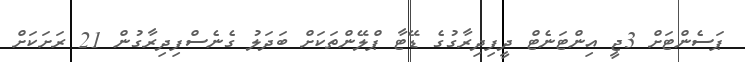
ޕަސެންޓަށް 3ޖީ އިންޓަނެޓް ދީފިދިރާގުގެ ޑޭޓާ ޕްލޭންތަކަށް ބަދަލު ގެނެސްފިދިރާގުން 21 ރަށަކަށް